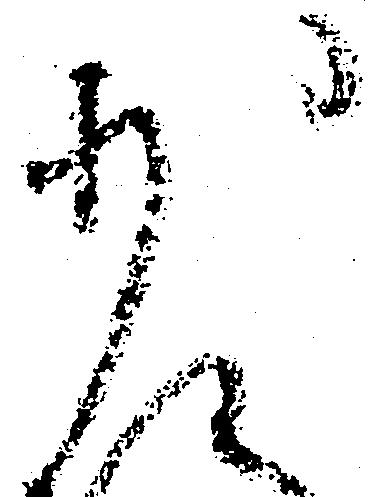
少